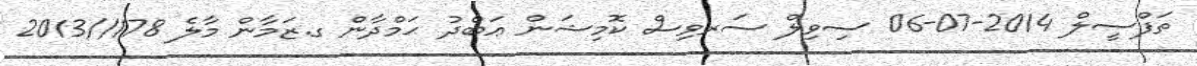
ތަފްސީލް 2014-07-06 ސިވިލް ސަރވިސް ކޮމިޝަން ޢަބްދު ޙަމްދާން ގ.ޒަމާން މާލެ 178//2013